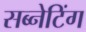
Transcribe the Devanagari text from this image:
सब्नेटिंग